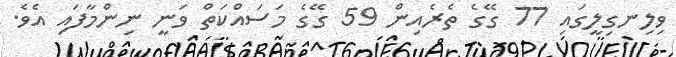
ވިލިނގިލީގައި 77 ގޭގެ ތެރެއިން 59 ގޭގެ މަސައްކަތް ވަނީ ނިންމާފައި އެވެ.